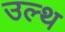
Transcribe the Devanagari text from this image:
उल्थ